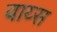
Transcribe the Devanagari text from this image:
वाय्स